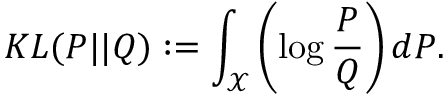
K L ( P | | Q ) : = \int _ { \mathcal { X } } \left( \log \frac { P } { Q } \right) d P .